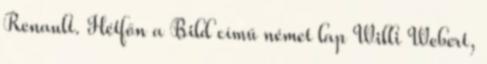
Renault. Hétfőn a Bild című német lap Willi Webert,